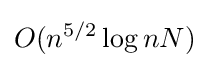
O(n^{5/2}\log nN)